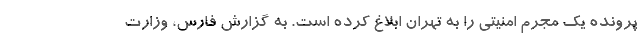
پرونده یک مجرم امنیتی را به تهران ابلاغ کرده است. به گزارش فارس، وزارت